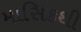
માસિકથી